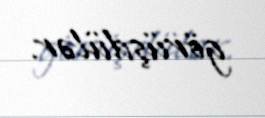
görüşdülər.